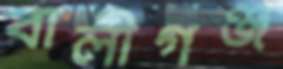
বালীগঞ্জ